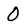
Character: 0